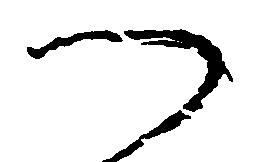
つ